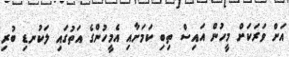
އަށް ވަރަކަށް މީހުން އައިސް ތިބި ކަމަށާއި އެމީހުންގެ އަތުގައި ލަކުނޑި ބުރި